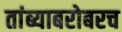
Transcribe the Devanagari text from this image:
तांब्याबरोबरच